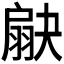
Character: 𦑗